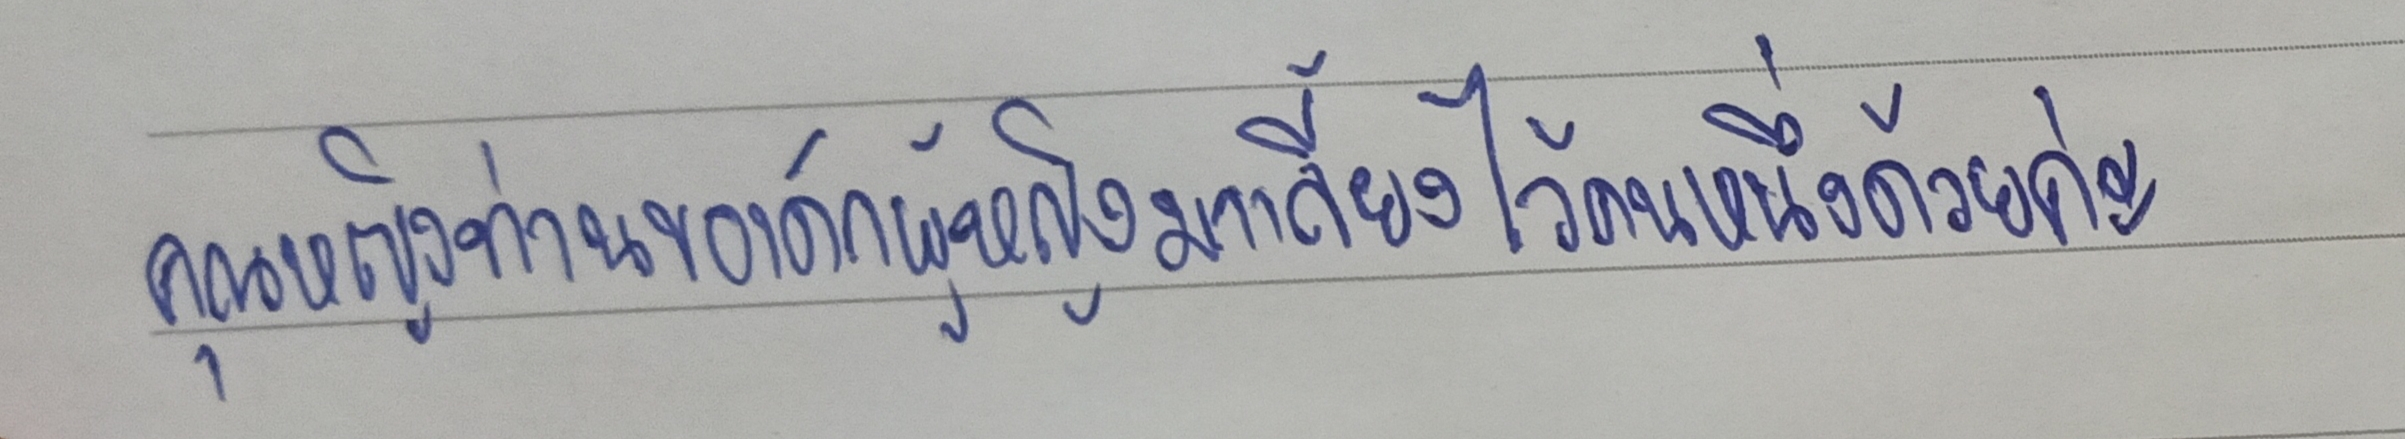
คุณหญิงท่านขอเด็กผู้หญิงมาเลี้ยงไว้คนหนึ่งด้วยนะคะ